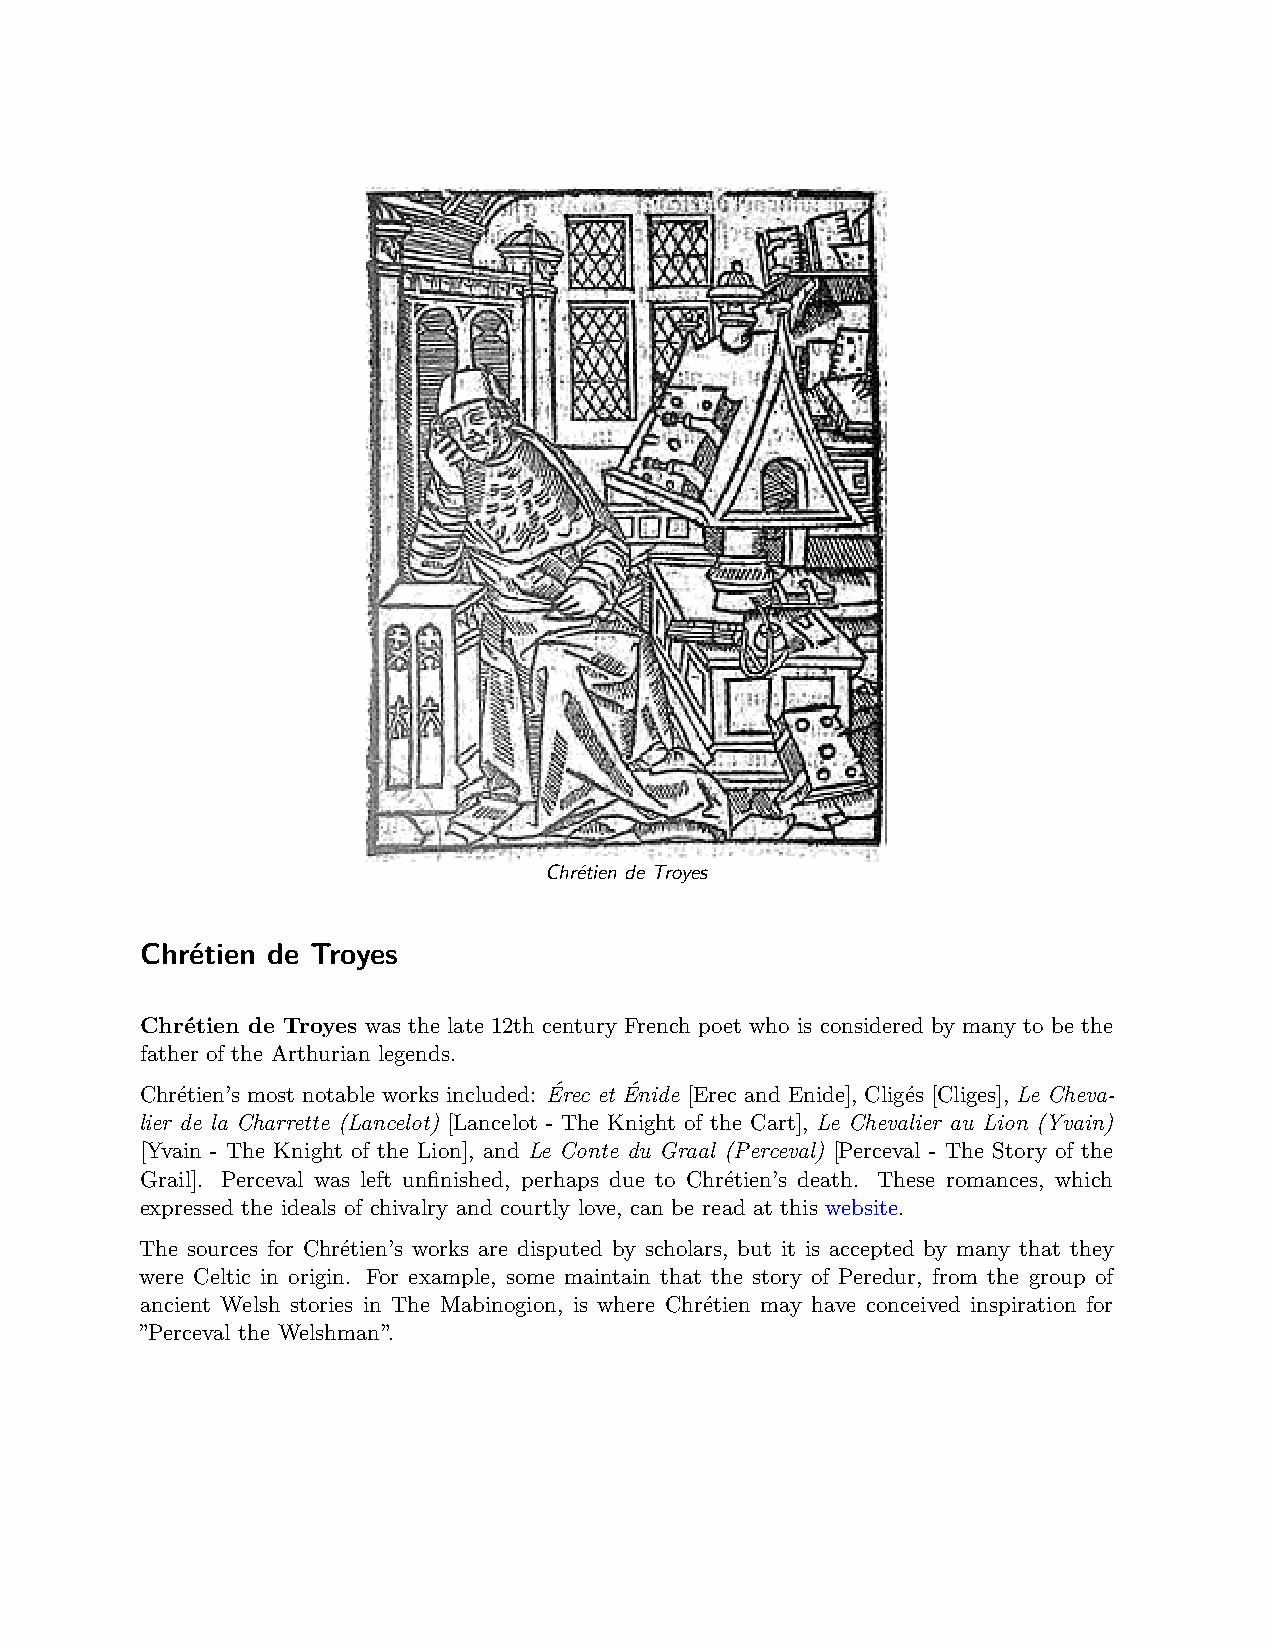
Chrétien de Troyes
 Chrétien de Troyes
 Chrétien de Troyes was the late 12th century French poet who is considered by many to be the
 father of the Arthurian legends.
 Chrétien’s most notable works included: Érec et Énide [Erec and Enide], Cligés [Cliges], Le Cheva-
 lier de la Charrette (Lancelot) [Lancelot - The Knight of the Cart], Le Chevalier au Lion (Yvain)
 [Yvain - The Knight of the Lion], and Le Conte du Graal (Perceval) [Perceval - The Story of the
 Grail]. Perceval was left unfinished, perhaps due to Chrétien’s death. These romances, which
 expressed the ideals of chivalry and courtly love, can be read at this website.
 The sources for Chrétien’s works are disputed by scholars, but it is accepted by many that they
 were Celtic in origin. For example, some maintain that the story of Peredur, from the group of
 ancient Welsh stories in The Mabinogion, is where Chrétien may have conceived inspiration for
 ”Perceval the Welshman”.